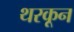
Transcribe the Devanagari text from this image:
थरकून